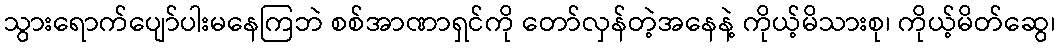
သွားရောက်ပျော်ပါးမနေကြဘဲ စစ်အာဏာရှင်ကို တော်လှန်တဲ့အနေနဲ့ ကိုယ့်မိသားစု၊ ကိုယ့်မိတ်ဆွေ၊